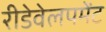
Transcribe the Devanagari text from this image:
रीडेवेलपमेंट